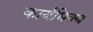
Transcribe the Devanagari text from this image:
कार्यधिक्य